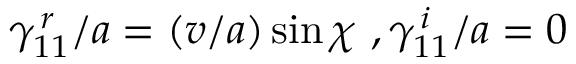
\gamma _ { 1 1 } ^ { \, r } / a = ( v / a ) \sin \chi \, \, , \gamma _ { 1 1 } ^ { \, i } / a = 0